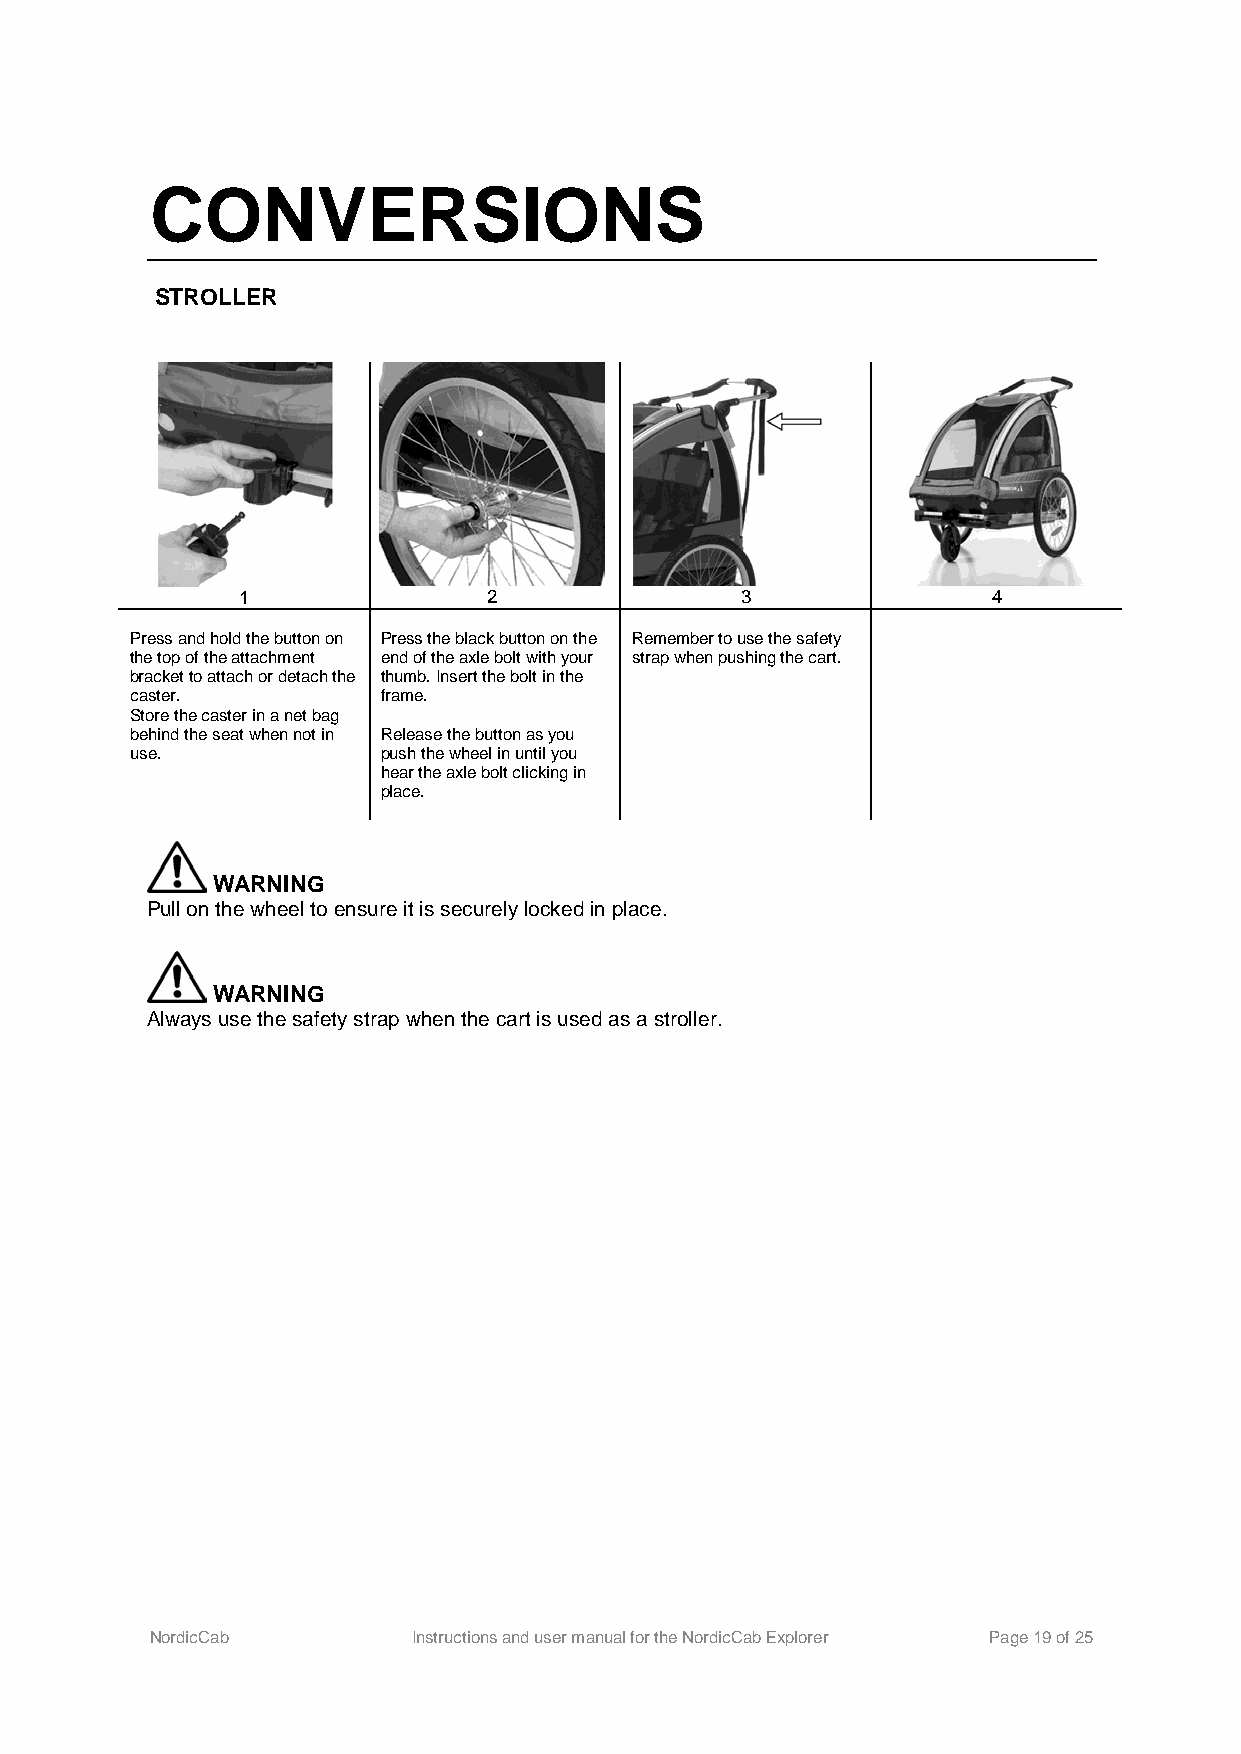
CONVERSIONS
 STROLLER
 1               2                3                4
 Press and hold the button on Press the black button on the Remember to use the safety
 the top of the attachment end of the axle bolt with your strap when pushing the cart.
 bracket to attach or detach the thumb. Insert the bolt in the
 caster.         frame.
 Store the caster in a net bag
 behind the seat when not in Release the button as you
 use.            push the wheel in until you
 hear the axle bolt clicking in
 place.
 WARNING
 Pull on the wheel to ensure it is securely locked in place.
 WARNING
 Always use the safety strap when the cart is used as a stroller.
 NordicCab        Instructions and user manual for the NordicCab Explorer Page 19 of 25